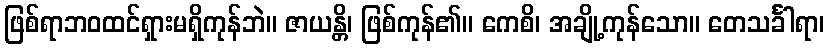
ဖြစ်ရာဘဝထင်ရှားမရှိကုန်ဘဲ။ ဇာယန္တိ၊ ဖြစ်ကုန်၏။ ကေစိ၊ အချို့ကုန်သော။ တေသင်္ခါရာ၊